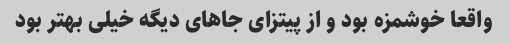
واقعا خوشمزه بود و از پیتزای جاهای دیگه خیلی بهتر بود